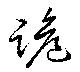
跪